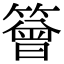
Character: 䉕